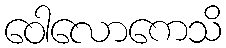
ဝေါလောကေသိ